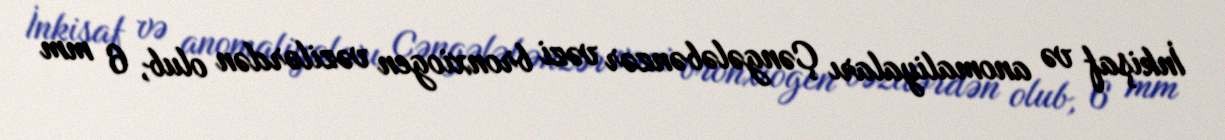
İnkişaf və anomaliyaları Çəngələbənzər vəzi bronxiogen vəzilərdən olub, 6 mm